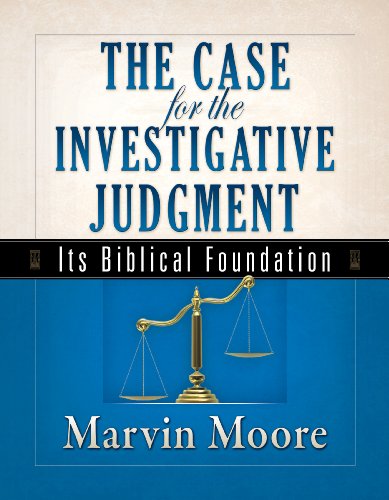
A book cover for Case for the Investigative Judgment, The; Marvin Moore; Christian Books & Bibles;